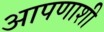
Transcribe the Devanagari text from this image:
आपणाशी